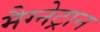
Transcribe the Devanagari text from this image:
मैग्नेट्रान